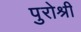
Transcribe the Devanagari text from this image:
पुरोश्री